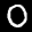
Label: 0